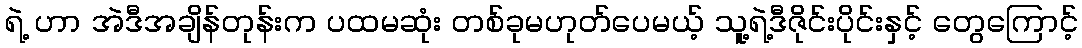
ရဲ့ ဟာ အဲဒီအချိန်တုန်းက ပထမဆုံး တစ်ခုမဟုတ်ပေမယ့် သူ့ရဲ့ဒီဇိုင်းပိုင်းနှင့် တွေကြောင့်